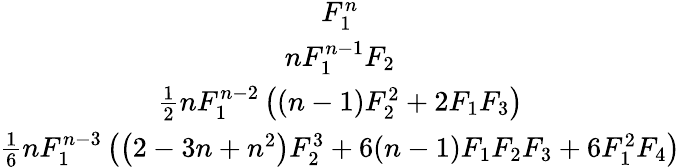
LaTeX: \begin{array}{c}{F_{1}^{n}}\\ {nF_{1}^{n-1}F_{2}}\\ {\frac{1}{2}nF_{1}^{n-2}\left((n-1)F_{2}^{2}+2F_{1}F_{3}\right)}\\ {\frac{1}{6}nF_{1}^{n-3}\left(\left(2-3n+n^{2}\right)F_{2}^{3}+6(n-1)F_{1}F_{2}F_{3}+6F_{1}^{2}F_{4}\right)}\end{array}